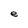
Character: e